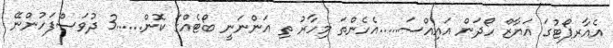
އެއާރޕޯޓުގަ އަޔާޒް ހޯދަން އައިއްސަ.....އެހެންތަ މިހާރު ތި އަންނަނީ ބޯޓެއްގަ ކޮން......3 ދުވަސްފަހުންނޭ